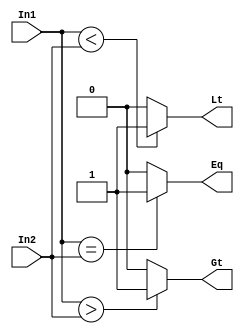
module magComp ( In1, In2, Gt, Lt, Eq); 
input [7:0]  In1, In2; //The two 8-bit Inputs In1 and In2 
output Gt, Lt, Eq; //The Outputs of comparison 
reg Gt, Lt, Eq; 

always @ (In1 or In2) //Check the state of the input lines 
  begin 
   Gt <= ( In1 > In2 )? 1'b1 : 1'b0; 
   Lt <= ( In1 < In2 )? 1'b1 : 1'b0; 
   Eq <= ( In1 == In2)? 1'b1 : 1'b0; 
  end 
endmodule